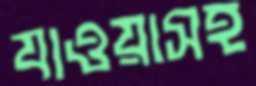
যাওয়াসহ